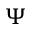
\Psi